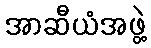
အာဆီယံအဖွဲ့